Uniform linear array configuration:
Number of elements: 64
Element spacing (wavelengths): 0.25
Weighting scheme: cosine
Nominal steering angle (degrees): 0
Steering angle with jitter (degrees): -0.2267
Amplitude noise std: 0.05
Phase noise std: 0.05

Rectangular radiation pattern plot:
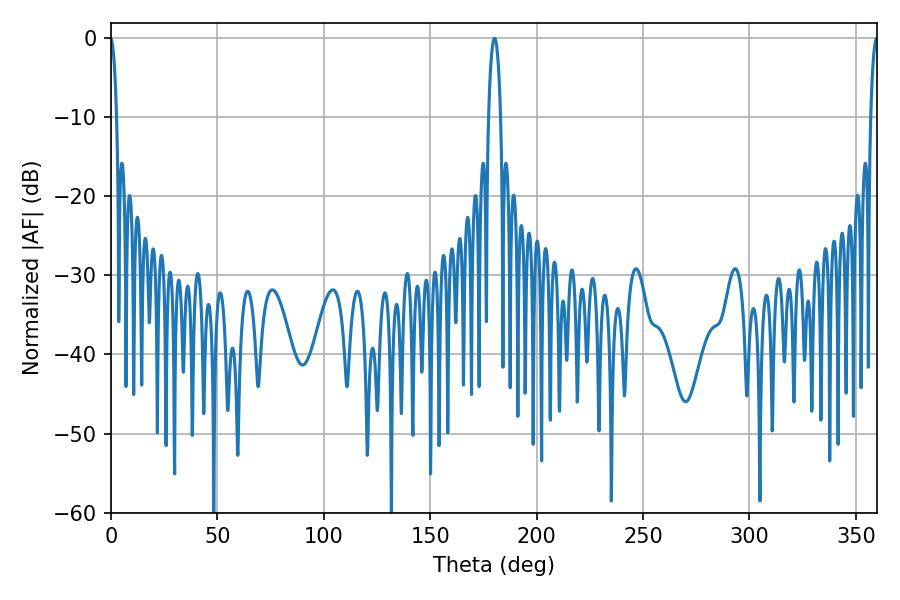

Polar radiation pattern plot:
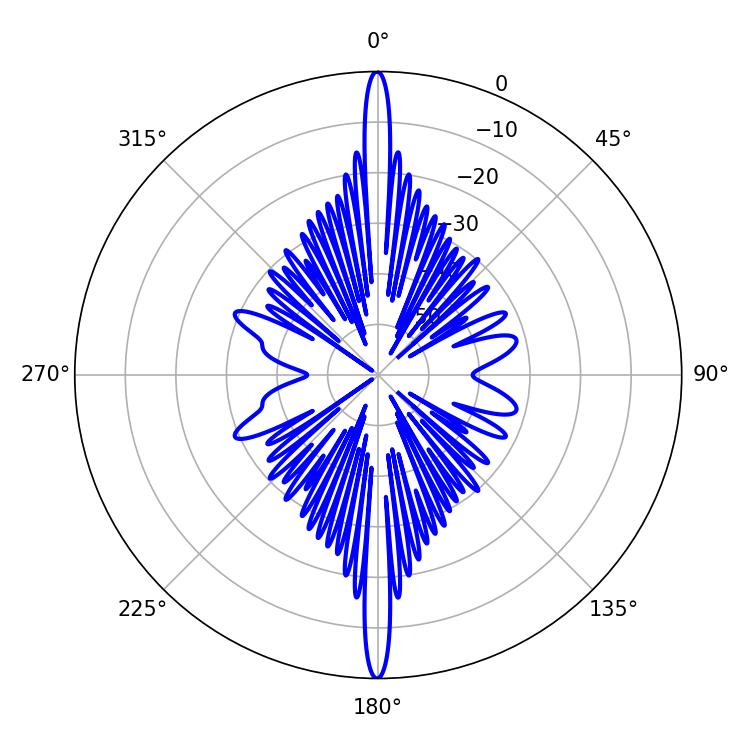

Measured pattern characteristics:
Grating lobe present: FALSE
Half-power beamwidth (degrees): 3.24
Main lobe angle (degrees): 180.18